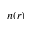
n ( r )